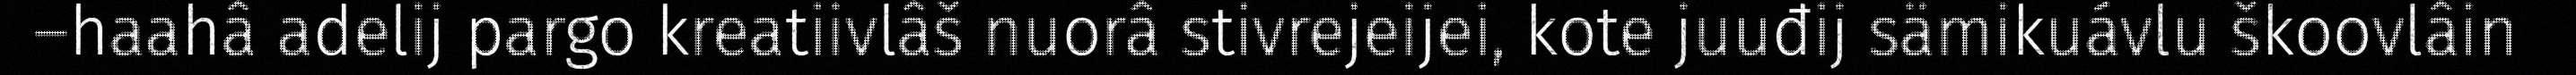
–haahâ adelij pargo kreatiivlâš nuorâ stivrejeijei, kote juuđij sämikuávlu škoovlâin